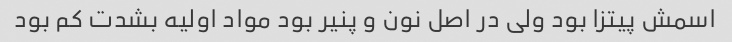
اسمش پیتزا بود ولی در اصل نون و پنیر بود مواد اولیه بشدت کم بود